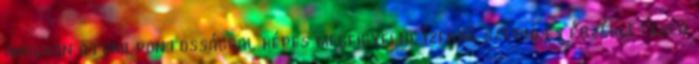
ahogyan atomi pontossággal képes megfigyelni, ízekre szedni és érzékletesen